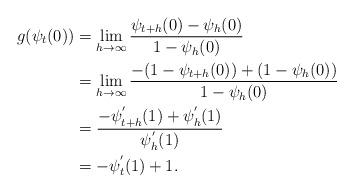
LaTeX: \begin{align*}g(\psi _t(0)) &= \lim_{h\rightarrow \infty } \frac{\psi _{t+h}(0)- \psi _h(0)}{1-\psi _h(0)}\\&= \lim_{h\rightarrow \infty } \frac{-(1-\psi _{t+h}(0))+(1- \psi _h(0))}{1-\psi _h(0)}\\&= \frac{- \psi _{t+h}^{'}(1)+ \psi _{h}^{'}(1)}{\psi _{h}^{'}(1)}\\&= -\psi _{t}^{'}(1)+1.\end{align*}